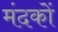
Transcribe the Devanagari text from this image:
मंदकों